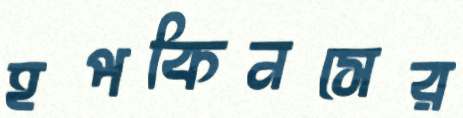
হপকিনসের